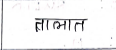
मजकूर: तालात